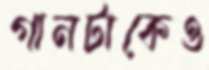
গানটাকেও